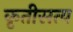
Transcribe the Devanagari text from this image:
कृतीसत्य